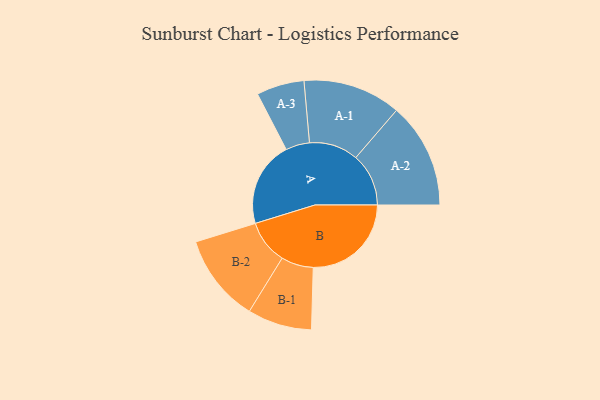
{"axis": {"x": "Segment", "y": "Value"}, "legend": ["", "A", "B"], "data": [{"x": "A", "y": 411, "type": ""}, {"x": "B", "y": 472, "type": ""}, {"x": "A-1", "y": 236, "type": "A"}, {"x": "A-2", "y": 254, "type": "A"}, {"x": "A-3", "y": 115, "type": "A"}, {"x": "B-1", "y": 155, "type": "B"}, {"x": "B-2", "y": 212, "type": "B"}]}